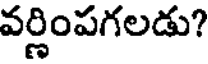
వర్ణింపగలడు?